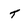
Character: t